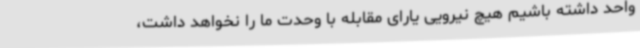
واحد داشته باشیم هیچ نیرویی یارای مقابله با وحدت ما را نخواهد داشت،